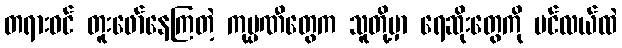
တရားဝင် တူးဖော်နေကြတဲ့ ကုမ္ပဏီတွေက သူတို့မှာ ရေဆိုးတွေကို ပင်လယ်ထဲ